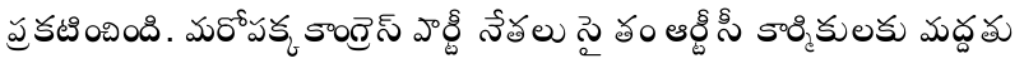
ప్రకటించింది. మరోపక్క కాంగ్రెస్ పార్టీ నేతలు సైతం ఆర్టీసీ కార్మికులకు మద్దతు